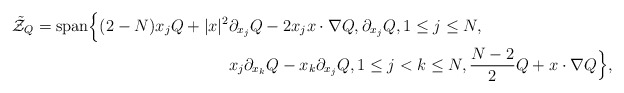
\begin{align*}\tilde{\mathcal Z}_Q = \mbox{span} \Bigl \{ (2-N)x_j Q + |x|^2 & \partial_{x_j} Q - 2 x_j x \cdot \nabla Q, \partial_{x_j} Q, 1 \leq j\leq N, \\ & x_j \partial_{x_k} Q - x_k \partial_{x_j} Q, 1 \leq j < k \leq N, \frac{N-2}{2} Q + x \cdot \nabla Q \Bigr \},\end{align*}